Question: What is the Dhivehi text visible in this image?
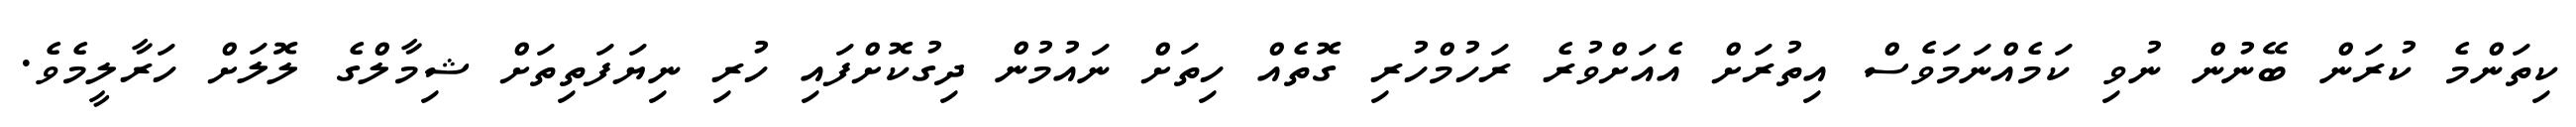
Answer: ކިތަންމެ ކުރަން ބޭނުން ނުވި ކަމެއްނަމަވެސް އިތުރަށް އެއަށްވުރެ ރަހުމްހުރި ގޮތެއް ހިތަށް ނައުމުން ދިގުކޮށްފައި ހުރި ނިޔަފަތިތަށް ޝިމާލްގެ ލޮލަށް ހަރާލީމެވެ.